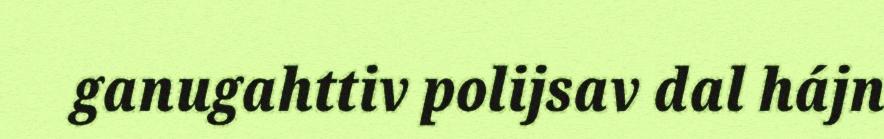
ganugahttiv polijsav dal hájn